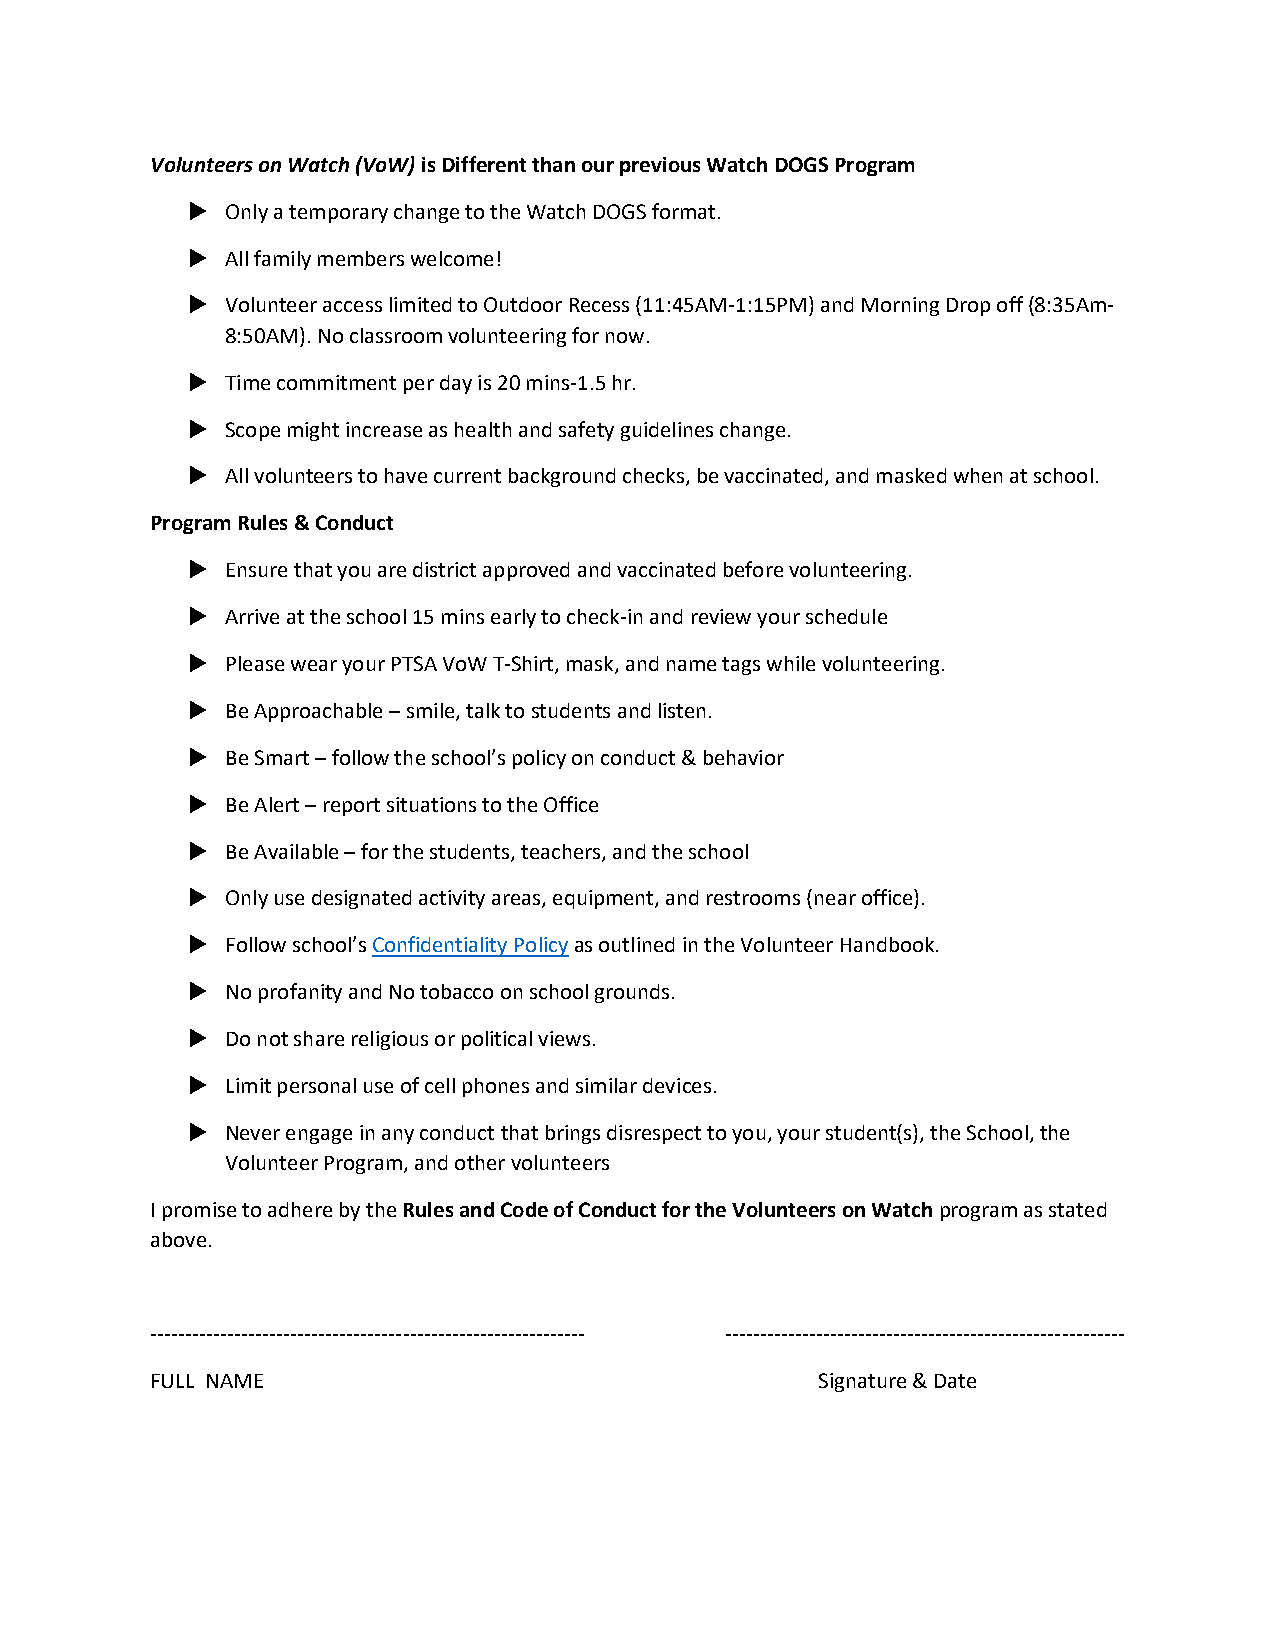
Volunteers on Watch (VoW) is Different than our previous Watch DOGS Program
   Only a temporary change to the Watch DOGS format.
   All family members welcome!
   Volunteer access limited to Outdoor Recess (11:45AM-1:15PM) and Morning Drop off (8:35Am-
 8:50AM). No classroom volunteering for now.
   Time commitment per day is 20 mins-1.5 hr.
   Scope might increase as health and safety guidelines change.
   All volunteers to have current background checks, be vaccinated, and masked when at school.
 Program Rules & Conduct
   Ensure that you are district approved and vaccinated before volunteering.
   Arrive at the school 15 mins early to check-in and review your schedule
   Please wear your PTSA VoW T-Shirt, mask, and name tags while volunteering.
   Be Approachable – smile, talk to students and listen.
   Be Smart – follow the school’s policy on conduct & behavior
   Be Alert – report situations to the Office
   Be Available – for the students, teachers, and the school
   Only use designated activity areas, equipment, and restrooms (near office).
   Follow school’s Confidentiality Policy as outlined in the Volunteer Handbook.
   No profanity and No tobacco on school grounds.
   Do not share religious or political views.
   Limit personal use of cell phones and similar devices.
   Never engage in any conduct that brings disrespect to you, your student(s), the School, the
 Volunteer Program, and other volunteers
 I promise to adhere by the Rules and Code of Conduct for the Volunteers on Watch program as stated
 above.
 -------------------------------------------------------------- ---------------------------------------------------------
 FULL NAME                                   Signature & Date